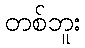
တစ်ဘူး